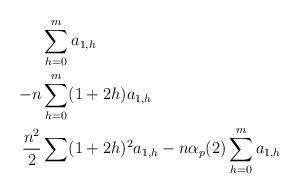
LaTeX: \begin{align*}&\sum^{m}_{h=0}a_{1,h} \\-n&\sum^{m}_{h=0}(1+2h) a_{1,h} \\ \frac{n^2}{2}&\sum (1+2h)^2a_{1,h} - n\alpha_p(2)\sum^{m}_{h=0}a_{1,h} \end{align*}